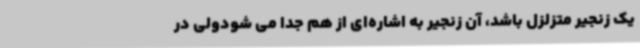
یک زنجیر متزلزل باشد، آن زنجیر به اشاره‌ای از هم جدا می شودولی در